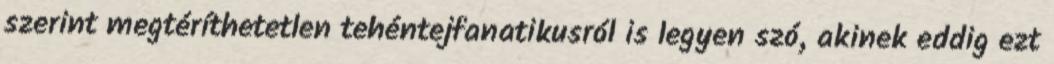
szerint megtéríthetetlen tehéntejfanatikusról is legyen szó, akinek eddig ezt